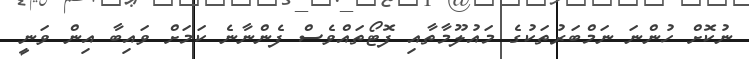
ނުކޮށް ހުންނަ ނަމްބަރުތަކުގެ މައުލޫމާތާއި ފޮޓޯތައްވެސް ފެންނާނެ ކަމަށް ވައިބާ އިން ވަނީ